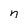
Character: n